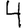
Digit: 4